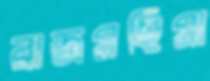
রাজমহিমা